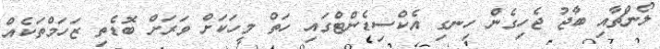
ލޯންޗާއި ބާޖު ޖެހިގެން ހިނގި އެކްސިޑެންޓްގައި ހަތް މީހަކަށް ވަރަށް ބޮޑެތި ޒަހަމްތަކެއް